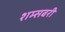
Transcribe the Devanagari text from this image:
शम्सबरी